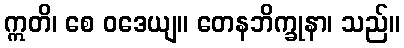
ဣတိ၊ စေ ဝဒေယျ။ တေနဘိက္ခုနာ၊ သည်။